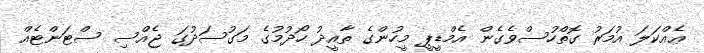
ޢެއްކަލަ އުމަރު ގޮތްހުސްވެގެން އެމްޑީޕީ މީހުންގެ ތާއީދު ހޯދުމުގެ މަގުސަދުގަ ޖެއްސި ސްޓަންޓެއް